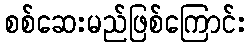
စစ်ဆေးမည်ဖြစ်ကြောင်း